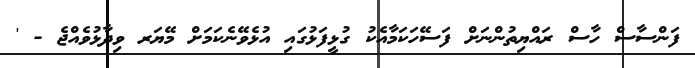
ފަންސާސް ހާސް ރައްޔިތުންނަށް ފަސޭހަކަމާއެކު ގުޅީފަޅުގައި އުޅެވޭނެކަމަށް މޭޔަރ ވިދާޅުވެއްޖެ - '